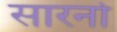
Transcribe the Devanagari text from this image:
सारनो